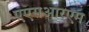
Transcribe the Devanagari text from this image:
एएसआरएम